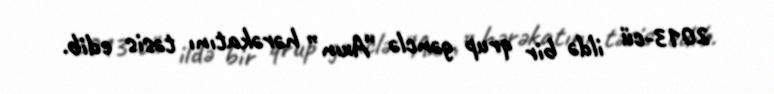
2013-cü ildə bir qrup gənclə “Axın” hərəkatını təsis edib.